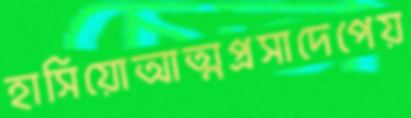
হাসিয়োআত্মপ্রসাদেপেয়